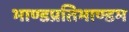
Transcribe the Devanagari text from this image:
भाण्डप्रतिभाण्डम